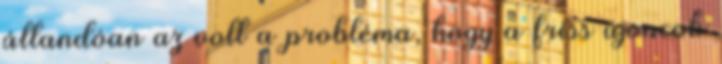
állandóan az volt a probléma, hogy a friss újoncok